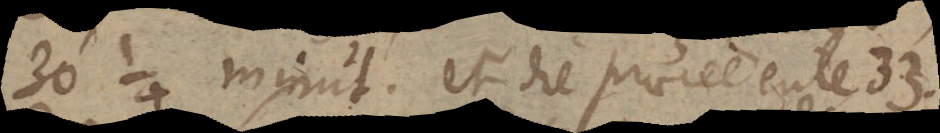
30 ¼ minut. et die praecedente 33.